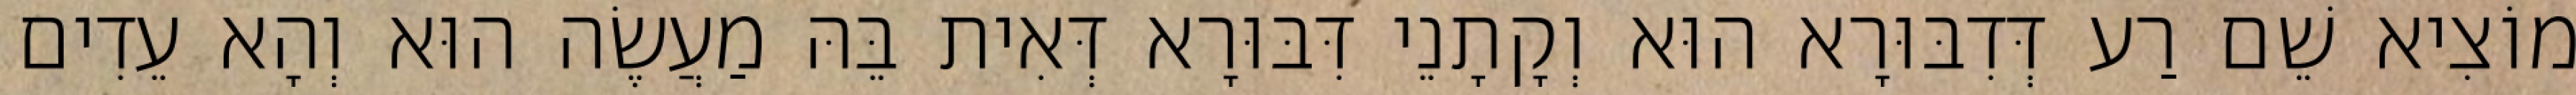
מוֹצִיא שֵׁם רַע דְּדִבּוּרָא הוּא וְקָתָנֵי דִּבּוּרָא דְּאִית בֵּהּ מַעֲשֶׂה הוּא וְהָא עֵדִים